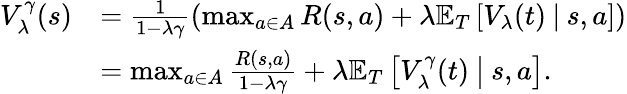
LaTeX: \begin{array}{rl}{V_{\lambda}^{\gamma}(s)}&{=\frac{1}{1-\lambda\gamma}\left(\operatorname*{max}_{a\in A}R(s,a)+\lambda\mathbb{E}_{T}\left[V_{\lambda}(t)\: \middle\vert\: s,a\right]\right)}\\ &{=\operatorname*{max}_{a\in A}\frac{R(s,a)}{1-\lambda\gamma}+\lambda\mathbb{E}_{T}\left[V_{\lambda}^{\gamma}(t)\: \middle\vert\: s,a\right].}\end{array}